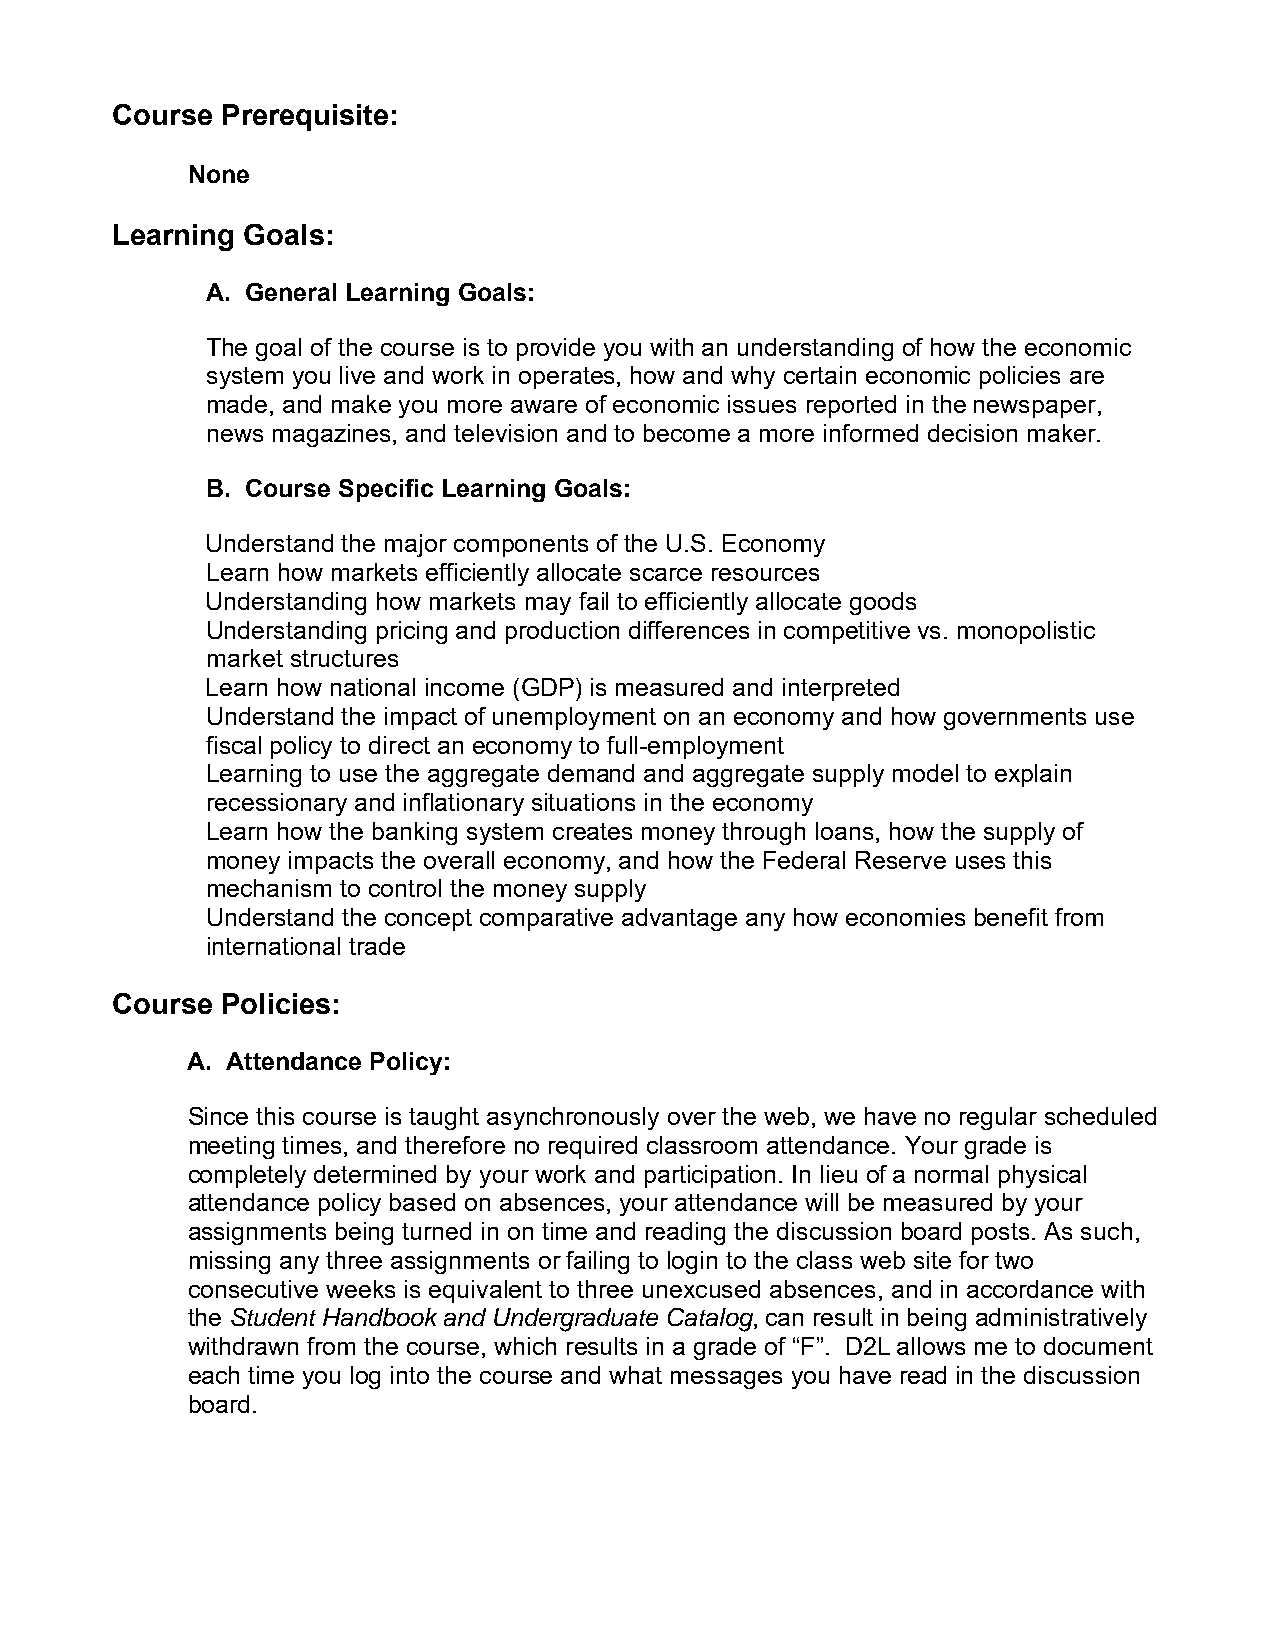
Course  Prerequisite:
 None
 Learning Goals:
 A. General Learning Goals:
 The goal of the course is to provide you with an understanding of how the economic
 system you live and work in operates, how and why certain economic policies are
 made, and make you more aware of economic issues reported in the newspaper,
 news magazines, and television and to become a more informed decision maker.
 B. Course Specific Learning Goals:
 Understand the major components of the U.S. Economy
 Learn how markets efficiently allocate scarce resources
 Understanding how markets may fail to efficiently allocate goods
 Understanding pricing and production differences in competitive vs. monopolistic
 market structures
 Learn how national income (GDP) is measured and interpreted
 Understand the impact of unemployment on an economy and how governments use
 fiscal policy to direct an economy to full-employment
 Learning to use the aggregate demand and aggregate supply model to explain
 recessionary and inflationary situations in the economy
 Learn how the banking system creates money through loans, how the supply of
 money impacts the overall economy, and how the Federal Reserve uses this
 mechanism to control the money supply
 Understand the concept comparative advantage any how economies benefit from
 international trade
 Course  Policies:
 A. Attendance Policy:
 Since this course is taught asynchronously over the web, we have no regular scheduled
 meeting times, and therefore no required classroom attendance. Your grade is
 completely determined by your work and participation. In lieu of a normal physical
 attendance policy based on absences, your attendance will be measured by your
 assignments being turned in on time and reading the discussion board posts. As such,
 missing any three assignments or failing to login to the class web site for two
 consecutive weeks is equivalent to three unexcused absences, and in accordance with
 the Student Handbook and Undergraduate Catalog, can result in being administratively
 withdrawn from the course, which results in a grade of “F”. D2L allows me to document
 each time you log into the course and what messages you have read in the discussion
 board.